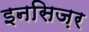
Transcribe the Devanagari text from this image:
इनसिज़र